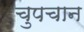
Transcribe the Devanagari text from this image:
चुपचान